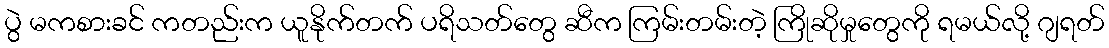
ပွဲ မကစားခင် ကတည်းက ယူနိုက်တက် ပရိသတ်တွေ ဆီက ကြမ်းတမ်းတဲ့ ကြိုဆိုမှုတွေကို ရမယ်လို့ ဂျရတ်